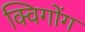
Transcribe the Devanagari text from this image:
क्विगोंग